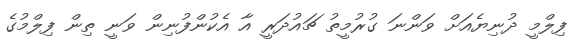
ފިލްމީ ދުނިޔެއަށް ވަންނަ ގުރުމީތު ޗައުދަރީ އާ އެކުންފުނިން ވަނީ ތިން ފިލްމުގެ